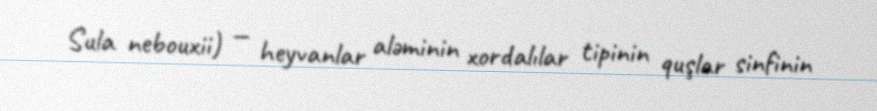
Sula nebouxii) — heyvanlar aləminin xordalılar tipinin quşlar sinfinin